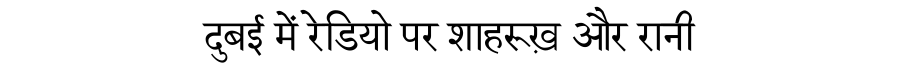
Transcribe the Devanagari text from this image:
दुबई में रेडियो पर शाहरूख़ और रानी